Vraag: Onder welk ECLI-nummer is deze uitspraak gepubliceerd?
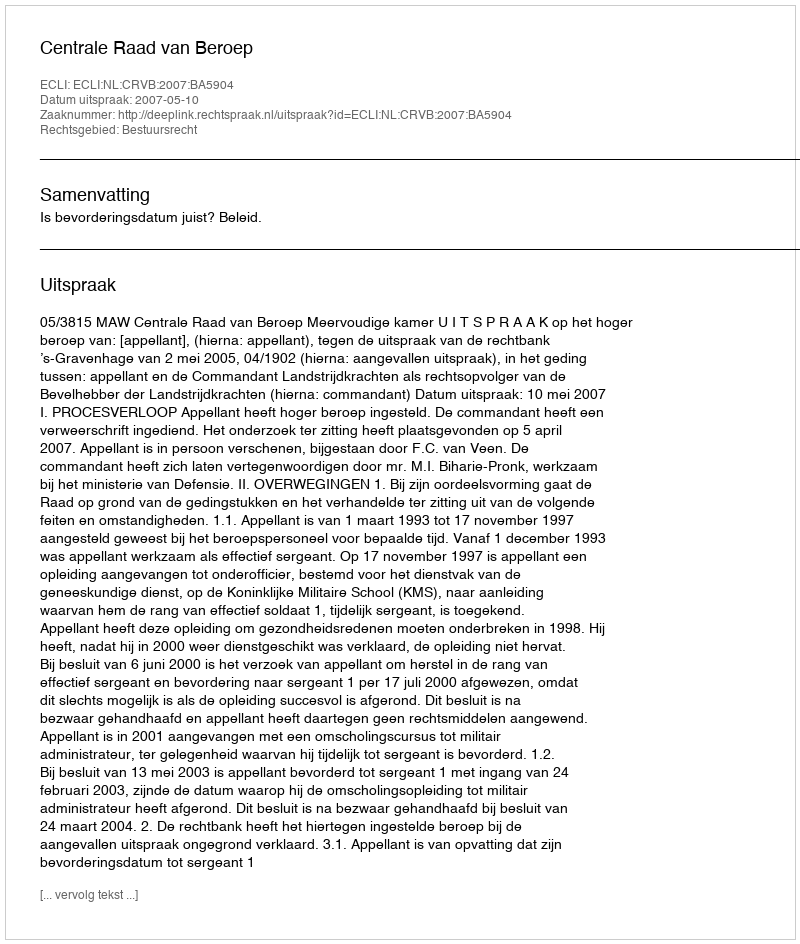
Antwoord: ECLI:NL:CRVB:2007:BA5904